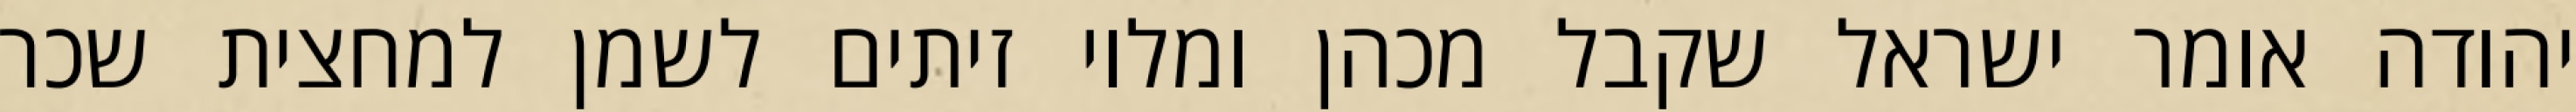
יהודה אומר ישראל שקבל מכהן ומלוי זיתים לשמן למחצית שכר